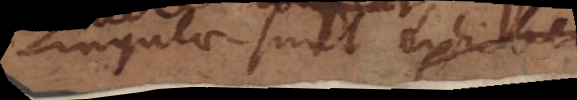
ingulae sunt exhibe